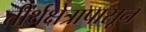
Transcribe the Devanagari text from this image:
तीर्थक्षेत्रापासून